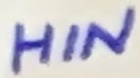
Text: HIN